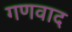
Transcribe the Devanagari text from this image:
गणवाद